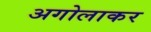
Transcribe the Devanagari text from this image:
अगोलाकर